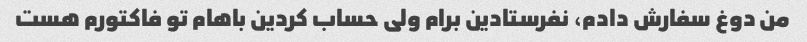
من دوغ سفارش دادم، نفرستادین برام ولی حساب کردین باهام تو فاکتورم هست